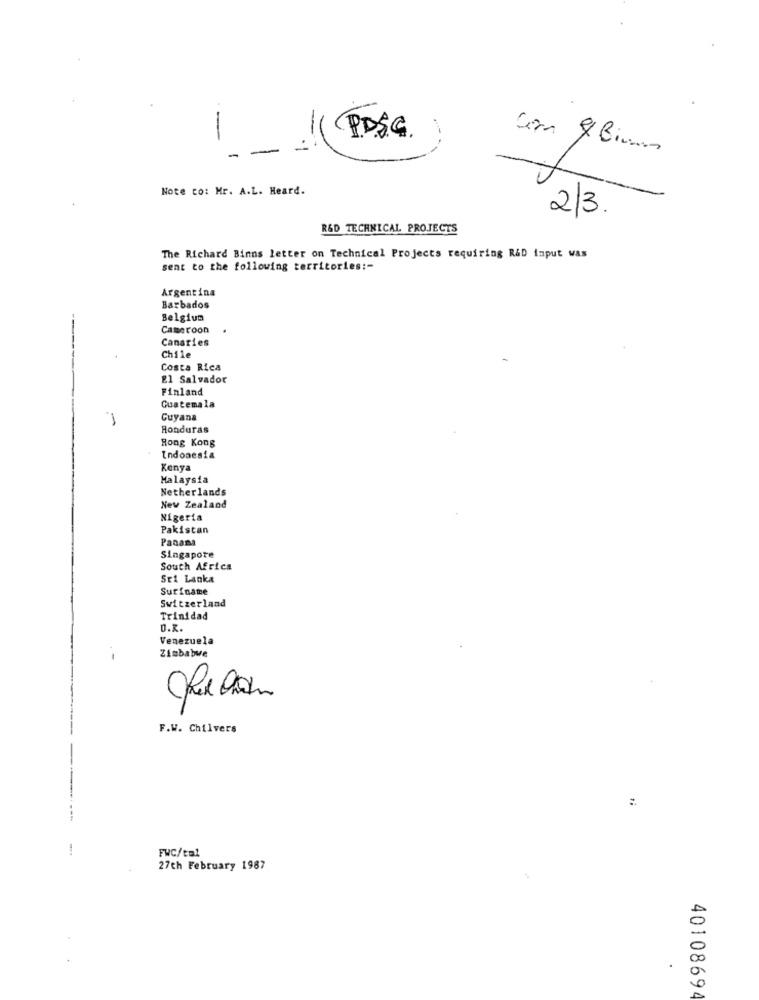
-
P.DSC
Com & Bimas
Note co: Mr. A.L. Heard.
2/3.
R&D TECHNICAL PROJECTS
The Richard Binns letter on Technical Projects requiring R&D input was
sent to the following territories :-
Argentina
Barbados
Belgium
Cameroon
Canaries
Chile
Costa Rica
El Salvador
Finland
1.
Guatemala
Guyana
Honduras
Rong Kong
Indonesia
Kenya
Malaysia
Netherlands
New Zealand
Nigeria
Pakistan
Panama
Singapore
South Africa
Sri Lanka
Suriname
Switzerland
Trinidad
D.R.
Venezuela
. -
Zimbabwe
F.W. Chilvers
:
---
FWC/tal
27th February 1987
.
40108694